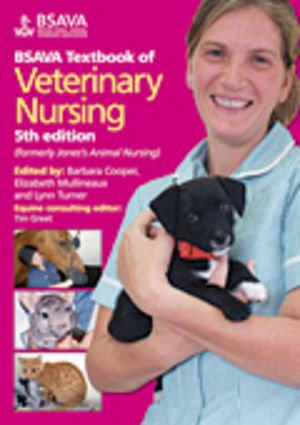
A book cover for BSAVA Textbook of Veterinary Nursing; Medical Books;